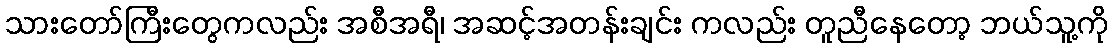
သားတော်ကြီးတွေကလည်း အစီအရီ၊ အဆင့်အတန်းချင်း ကလည်း တူညီနေတော့ ဘယ်သူ့ကို